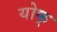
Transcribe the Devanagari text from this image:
योक्